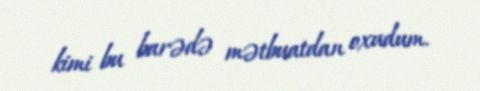
kimi bu barədə mətbuatdan oxudum.